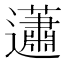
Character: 𧅣